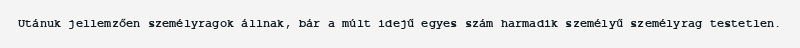
Utánuk jellemzően személyragok állnak, bár a múlt idejű egyes szám harmadik személyű személyrag testetlen.